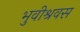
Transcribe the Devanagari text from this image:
भुवीश्रवस